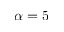
\alpha = 5